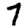
Digit: 7